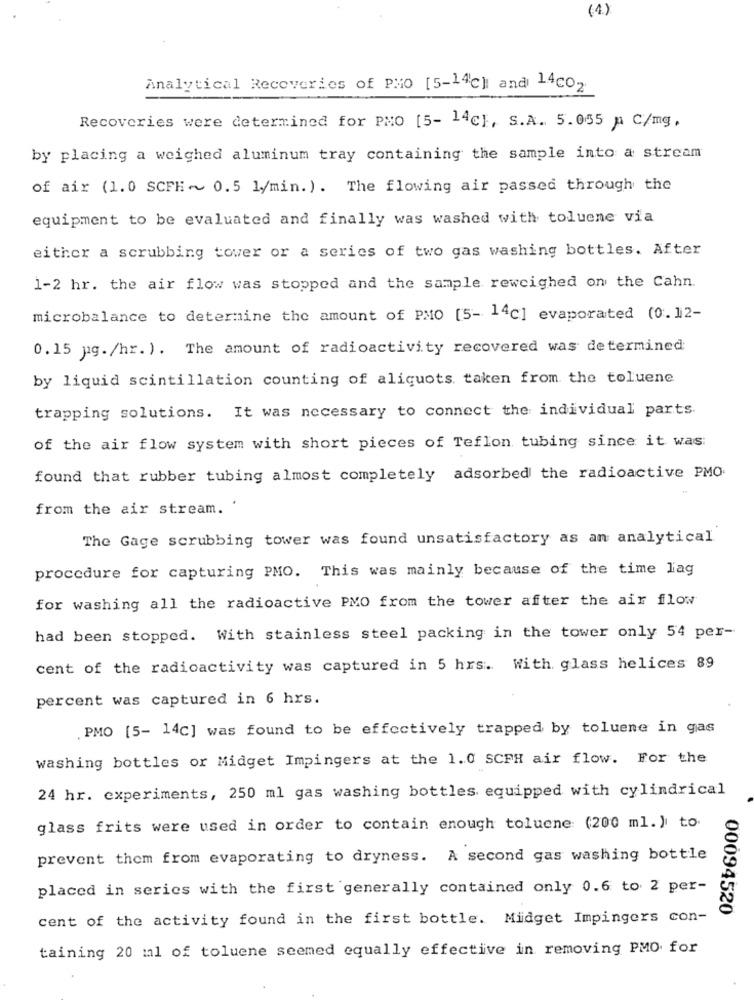
(4.)
Analytical Recoveries of PMo [5-14℃) and 14co2
Recoveries were determined for PHO [5- 14c}, S.A. 5.065 p C/mg.
by placing a weighed aluminum tray containing the sample into a stream
of air (1.0 SCFH ~~ 0.5 l/min. ) . The flowing air passed through the
equipment to be evaluated and finally was washed with toluene via
either a scrubbing tower or a series of two gas washing bottles. After
1-2 hr. the air flow was stopped and the sample reweighed on the Cahn.
microbalance to determine the amount of PMO [5- 14c] evaporated (0.12-
0.15 ug./hr. ). The amount of radioactivity recovered was determined
by liquid scintillation counting of aliquots taken from the toluene
trapping solutions. It was necessary to connect the individual parts.
of the air flow system with short pieces of Teflon tubing since it was:
found that rubber tubing almost completely adsorbed the radioactive PMO.
from the air stream.
The Gage scrubbing tower was found unsatisfactory as an analytical
procedure for capturing PMO. This was mainly because of the time lag
for washing all the radioactive PMO from the tower after the air flow
had been stopped. With stainless steel packing in the tower only 54 per-
cent of the radioactivity was captured in 5 hrs. With glass helices 89
percent was captured in 6 hrs.
PMO [5- 14c] was found to be effectively trapped by toluene in gas
washing bottles or Midget Impingers at the 1.0 SCPH air flow. For the
24 hr. experiments, 250 ml gas washing bottles equipped with cylindrical
glass frits were used in order to contain enough toluene (200 ml. ) to.
prevent them from evaporating to dryness. A second gas washing bottle
placed in series with the first generally contained only 0.6 to 2 per-
00094520
cent of the activity found in the first bottle. Midget Impingers con-
taining 20 ml of toluene seemed equally effective in removing PMO for